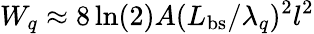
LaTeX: W_{q}\approx 8\ln(2)A(L_{\mathrm{bs}}/\lambda_{q})^{2}l^{2}